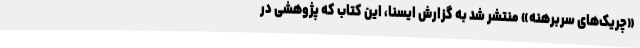
«چریک‌های سربرهنه» منتشر شد به گزارش ایسنا، این‌ کتاب که پژوهشی در